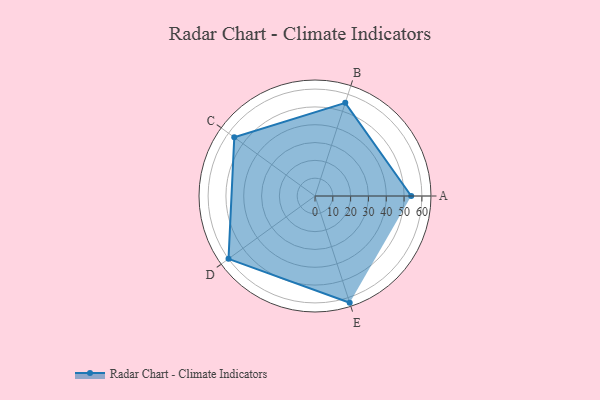
{"axis": {"x": "Skill", "y": "Score"}, "legend": ["Profile"], "data": [{"x": "A", "y": 54.0, "type": "Profile"}, {"x": "B", "y": 55.0, "type": "Profile"}, {"x": "C", "y": 56.0, "type": "Profile"}, {"x": "D", "y": 60.0, "type": "Profile"}, {"x": "E", "y": 63.0, "type": "Profile"}]}